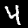
Digit: 4